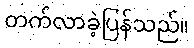
တက်လာခဲ့ပြန်သည်။